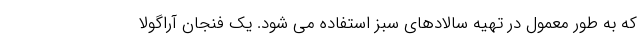
که به طور معمول در تهیه سالادهای سبز استفاده می شود. یک فنجان آراگولا